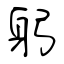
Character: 躬